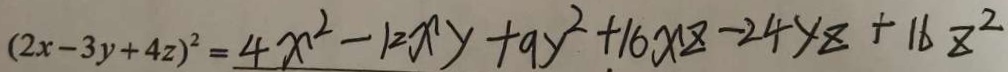
( 2 x - 3 y + 4 z ) ^ { 2 } = 4 x ^ { 2 } - 1 2 x y + 9 y ^ { 2 } + 1 6 x z - 2 4 y z + 1 6 z ^ { 2 }